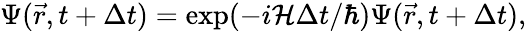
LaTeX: \begin{array}{r}{\Psi(\vec{r},t+\Delta t)=\exp(-i\mathcal{H}\Delta t/\hbar)\Psi(\vec{r},t+\Delta t),}\end{array}